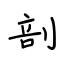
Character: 剖